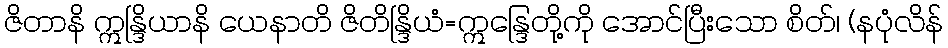
ဇိတာနိ ဣန္ဒြိယာနိ ယေနာတိ ဇိတိန္ဒြိယံ=ဣန္ဒြေတို့ကို အောင်ပြီးသော စိတ်၊ (နပုံလိန်